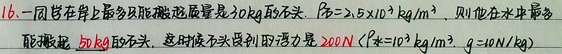
16. 一同学在岸上最多能搬起质量是\(30kg\)的石头。\(\rho_{石}=2.5\times10^{3}kg/m^{3}\)，则他在水中最多能搬起\(50kg\)的石头，这时石头受到的浮力是\(200N\)（\(\rho_{水}=1.0\times10^{3}kg/m^{3}\)，\(g = 10N/kg\)）